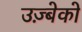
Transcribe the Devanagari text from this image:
उज़्बेको